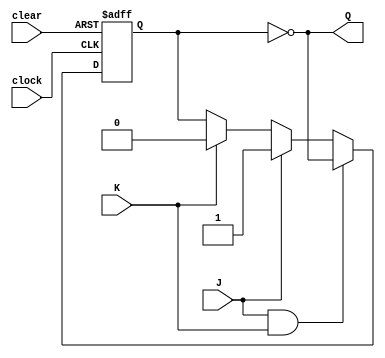
module jk_flip_flop(
  output reg Q,
  input J, K, clock, clear
);
  reg Q_n;

  always @(posedge clock or posedge clear) begin
    if (clear)
      Q_n <= 1'b0;
    else if (J && K)
      Q_n <= ~Q_n;
    else if (J)
      Q_n <= 1'b1;
    else if (K)
      Q_n <= 1'b0;
  end

  assign Q = ~Q_n;

endmodule